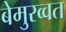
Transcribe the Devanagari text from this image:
बेमुरव्वत